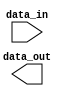
module IO_Block_Cmos_Buffer (
    input wire data_in,
    output wire data_out
);

    // CMOS buffer implementation code here

endmodule